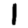
Digit: 1